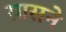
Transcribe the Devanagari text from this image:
ग्रासने